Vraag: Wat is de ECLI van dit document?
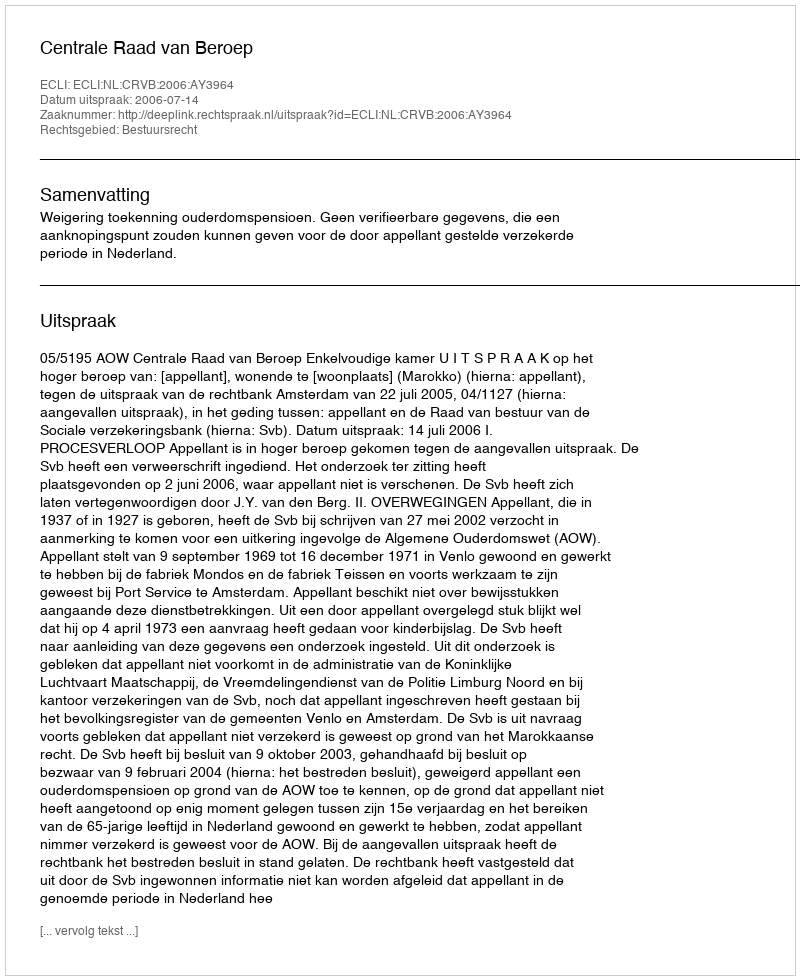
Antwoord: ECLI:NL:CRVB:2006:AY3964